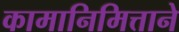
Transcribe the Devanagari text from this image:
कामानिमित्ताने